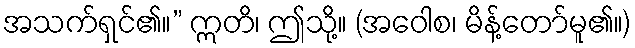
အသက်ရှင်၏။” ဣတိ၊ ဤသို့။ (အဝေါစ၊ မိန့်တော်မူ၏။)